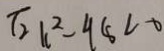
\sqrt { 2 } k ^ { 2 } - 4 8 < 0